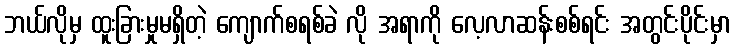
ဘယ်လိုမှ ထူးခြားမှုမရှိတဲ့ ကျောက်စရစ်ခဲ လို အရာကို လေ့လာဆန်းစစ်ရင်း အတွင်းပိုင်းမှာ